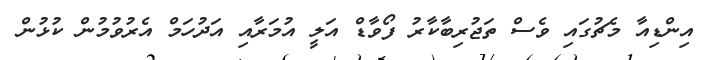
އިންޑިއާ މެޗުގައި ވެސް ތަޖުރިބާކާރު ފޯވާޑް އަލީ އުމަރާއި އަދުހަމް އެރުވުމުން ކުޅުން